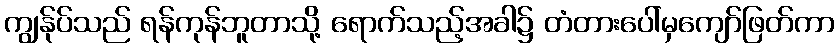
ကျွန်ုပ်သည် ရန်ကုန်ဘူတာသို့ ရောက်သည့်အခါ၌ တံတားပေါ်မှကျော်ဖြတ်ကာ